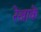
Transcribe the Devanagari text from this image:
रेखाके